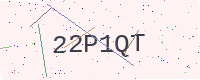
Text: 22P1QT